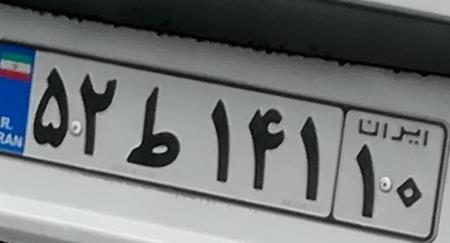
۵۲ط۱۴۱۱۰